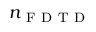
n _ { \mathrm { ~ F ~ D ~ T ~ D ~ } }